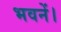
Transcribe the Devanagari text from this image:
भवनें।